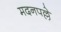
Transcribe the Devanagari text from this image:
मदनपल्ले